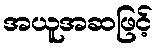
အယူအဆဖြင့်